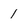
Character: l